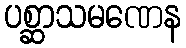
ပစ္ဆာသမဏေန